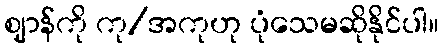
ဈာန်ကို ကု/အကုဟု ပုံသေမဆိုနိုင်ပါ။